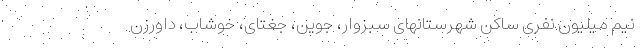
نیم میلیون نفری ساکن شهرستانهای سبزوار، جوین، جغتای، خوشاب، داورزن